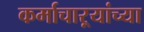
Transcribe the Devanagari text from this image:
कर्माचाऱ्यांच्या